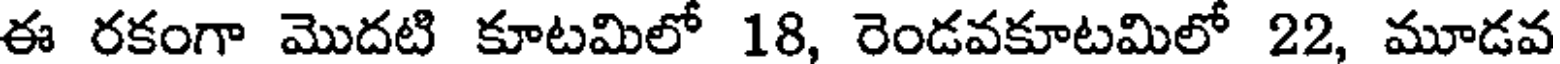
ఈ రకంగా మొదటి కూటమిలో 18, రెండవకూటమిలో 22, మూడవ